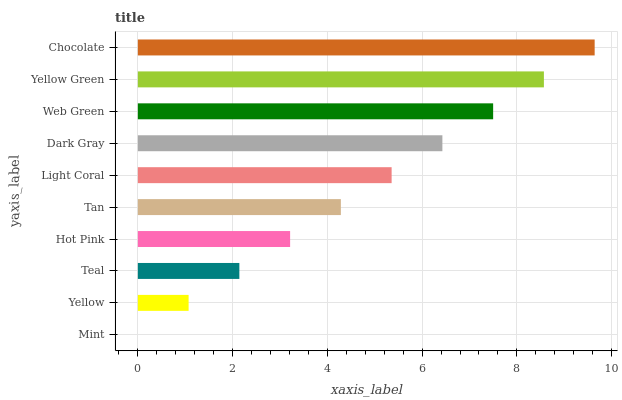
| yaxis_label | bars |
 | --- | --- |
 | Mint | 0 |
 | Yellow | 1.07 |
 | Teal | 2.14 |
 | Hot Pink | 3.21 |
 | Tan | 4.29 |
 | Light Coral | 5.36 |
 | Dark Gray | 6.43 |
 | Web Green | 7.5 |
 | Yellow Green | 8.57 |
 | Chocolate | 9.64 |